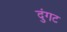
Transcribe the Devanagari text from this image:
दुंगट